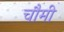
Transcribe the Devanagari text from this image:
चौमी